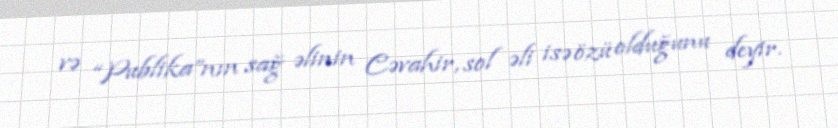
və “Publika”nın sağ əlinin Cəvahir, sol əli isə özü olduğunu deyir.